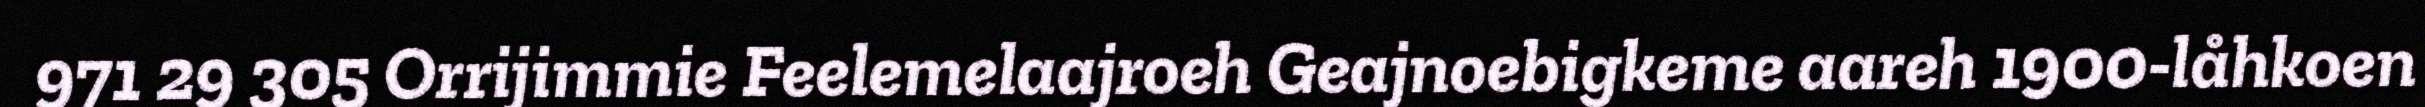
971 29 305 Orrijimmie Feelemelaajroeh Geajnoebigkeme aareh 1900-låhkoen